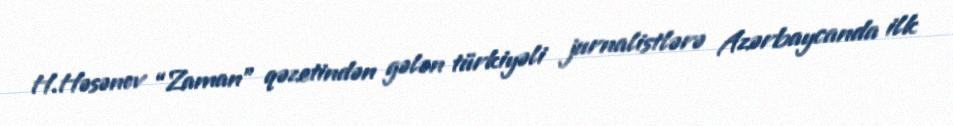
H.Həsənov “Zaman” qəzetindən gələn türkiyəli jurnalistlərə Azərbaycanda ilk